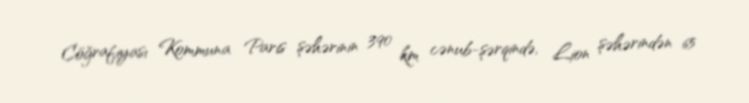
Cöğrafiyası Kommuna Paris şəhərinin 390 km cənub-şərqində, Lion şəhərindən 65